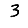
Digit: 3